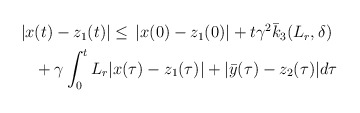
\begin{align*}\begin{aligned}|x&(t)-z_1(t)| \le \,|x(0)-z_1(0)| + t\gamma^2 \bar{k}_3(L_r,\delta) \\&+ \gamma \int_0^tL_r|x(\tau)-z_1(\tau)| + |\bar{y}(\tau)-z_2(\tau)|d\tau\end{aligned}\end{align*}